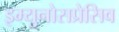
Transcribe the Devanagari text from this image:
इम्युनोसप्रेसिव